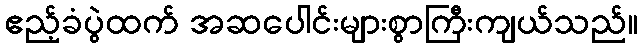
ဧည့်ခံပွဲထက် အဆပေါင်းများစွာကြီးကျယ်သည်။